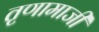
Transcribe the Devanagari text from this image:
तृणामाजी